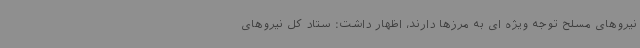
نیروهای مسلح توجه‌ ویژه ای به مرزها دارند، اظهار داشت: ستاد کل نیروهای